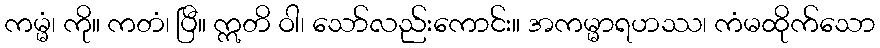
ကမ္မံ၊ ကို။ ကတံ၊ ပြီ။ ဣတိ ဝါ၊ သော်လည်းကောင်း။ အကမ္မာရဟဿ၊ ကံမထိုက်သော